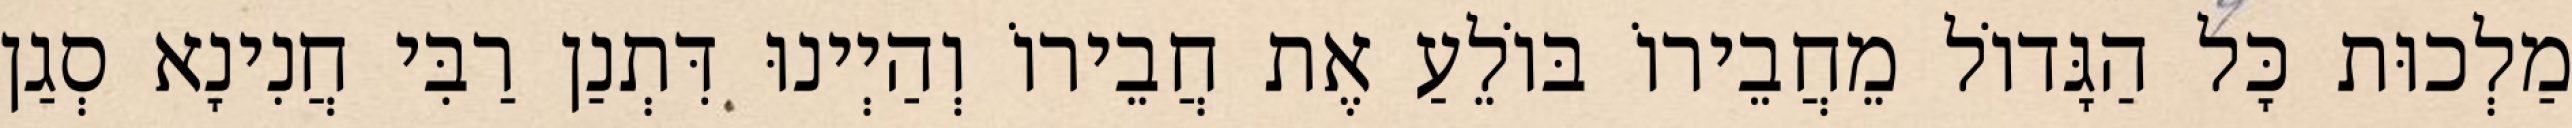
מַלְכוּת כָּל הַגָּדוֹל מֵחֲבֵירוֹ בּוֹלֵעַ אֶת חֲבֵירוֹ וְהַיְינוּ דִּתְנַן רַבִּי חֲנִינָא סְגַן